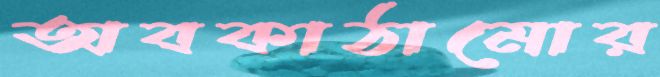
অবকাঠামোর